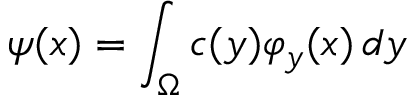
\psi ( x ) = \int _ { \Omega } c ( y ) \varphi _ { y } ( x ) \, d y